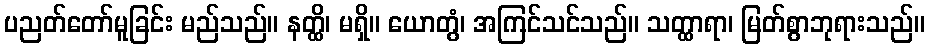
ပညတ်တော်မူခြင်း မည်သည်။ နတ္ထိ၊ မရှိ။ ယောတွံ၊ အကြင်သင်သည်။ သတ္ထာရာ၊ မြတ်စွာဘုရားသည်။